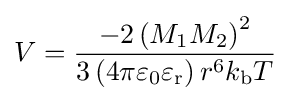
{V}={\frac {-2\left(M_{1}M_{2}\right)^{2}}{3\left(4\pi \varepsilon _{0}\varepsilon _{\mathrm {r} }\right)r^{6}k_{\mathrm {b} }T}}